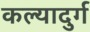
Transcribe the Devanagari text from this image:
कल्यादुर्ग